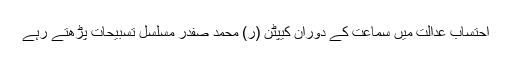
احتساب عدالت میں سماعت کے دوران کیپٹن (ر) محمد صفدر مسلسل تسبیحات پڑھتے رہے